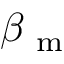
\beta _ { \mathrm { ~ m ~ } }